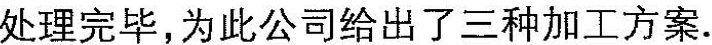
处理完毕，为此公司给出了三种加工方案.